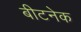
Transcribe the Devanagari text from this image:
बीटनेक